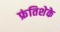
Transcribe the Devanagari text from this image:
फ्रंतिशेके